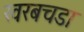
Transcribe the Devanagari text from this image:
खरबचडा